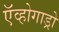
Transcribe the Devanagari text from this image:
ऍव्होगाड्रो